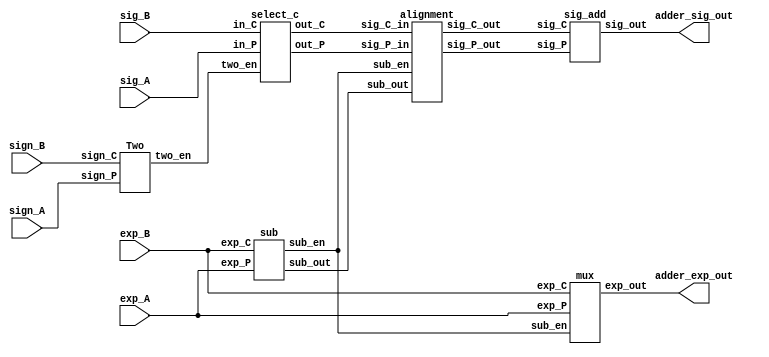
module adder (sign_A, sign_B, exp_A, exp_B, sig_A, sig_B, adder_exp_out, adder_sig_out);

    input sign_A, sign_B;
    input [7:0] exp_A, exp_B;
    input [49:0] sig_A, sig_B;
    output [50:0] adder_sig_out;
    output [7:0] adder_exp_out;
    //output adder_sign_out;

    wire [7:0] sub_out;
    wire [49:0] sel_A, sel_B, ali_A, ali_B;
    wire [1:0] sub_en, two_en;

    sub sub (.exp_P(exp_A), .exp_C(exp_B), .sub_out(sub_out), .sub_en(sub_en));
    mux mux (.exp_P(exp_A), .exp_C(exp_B), .sub_en(sub_en), .exp_out(adder_exp_out));
    Two two (.sign_P(sign_A), .sign_C(sign_B), .two_en(two_en));
    select_c selc (.in_P(sig_A), .in_C(sig_B), .out_P(sel_A), .out_C(sel_B), .two_en(two_en));
    alignment align (.sig_P_in(sel_A), .sig_C_in(sel_B), .sig_P_out(ali_A), .sig_C_out(ali_B), .sub_out(sub_out), .sub_en(sub_en));
    sig_add sigadd (.sig_P(ali_A), .sig_C(ali_B), .sig_out(adder_sig_out));

endmodule

module sub (exp_P, exp_C, sub_out, sub_en);
    
    input [7:0] exp_P, exp_C;
    output reg [7:0] sub_out;
    output reg [1:0] sub_en;

    always @(exp_P or exp_C) begin
        if(exp_P > exp_C) begin
            sub_en = 2'b00;
            sub_out = exp_P - exp_C;
        end
        else if(exp_P < exp_C) begin
            sub_en = 2'b01;
            sub_out = exp_C - exp_P;
        end
        else begin
            sub_en = 2'b10;
            sub_out = exp_P - exp_C;
        end
    end

endmodule

module mux (exp_P, exp_C, sub_en, exp_out);

    input [7:0] exp_P, exp_C;
    input [1:0] sub_en;
    output reg [7:0] exp_out;

    always @(sub_en or exp_P or exp_C) 
    begin
        case(sub_en)
            2'b00: exp_out = exp_P;
            2'b01: exp_out = exp_C;
            default: exp_out = exp_P;
        endcase
    end

endmodule

module Two (sign_P, sign_C, two_en);

    input sign_P, sign_C;
    output reg [1:0] two_en;

    parameter S0 = 2'b00;
    parameter S1 = 2'b01;
    parameter S2 = 2'b10;
    parameter S3 = 2'b11;

    always @(sign_P, sign_C) begin
    case ({sign_P, sign_C})
        2'b00 : two_en = 2'b00;
        2'b10 : two_en = 2'b01;
        2'b01 : two_en = 2'b10;
        2'b11 : two_en = 2'b11;
        default : two_en = 2'b00;
    endcase      
end
    
endmodule

module select_c (in_P, in_C, out_P, out_C, two_en);
    
input [1:0] two_en;
input [49:0] in_P, in_C;
output reg [49:0] out_P, out_C;

always @(two_en, in_P, in_C) begin
    case (two_en)
        2'b01:  begin
            out_P = ~in_P + 1'b1;
            out_C = in_C;
        end
        2'b10:  begin
            out_P = in_P;
            out_C = ~in_C + 1'b1;
        end
        2'b11:  begin
            out_P = ~in_P + 1'b1;
            out_C = ~in_C + 1'b1;
        end
        default: begin
            out_P = in_P;
            out_C = in_C;
        end
    endcase
end

endmodule

module alignment (sig_P_in, sig_C_in, sig_P_out, sig_C_out, sub_out, sub_en);

    input signed [49:0] sig_P_in, sig_C_in;
    input [7:0] sub_out;
    input [1:0] sub_en; 
    output [49:0] sig_P_out, sig_C_out;



    assign sig_P_out = (sub_en == 2'b00)? sig_P_in : (sub_en == 2'b01)? sig_P_in >>> sub_out : sig_P_in;
    assign sig_C_out = (sub_en == 2'b00)? sig_C_in >>> sub_out : (sub_en == 2'b01)? sig_C_in : sig_C_in;

endmodule

module sig_add (sig_P, sig_C, sig_out);
    
    input [49:0] sig_P, sig_C;
    output [50:0] sig_out;
    //output Cout;

    wire [49:0] sig;

    assign sig = sig_P + sig_C;
    //assign Cout = sig[49];
    assign sig_out = {sig[49], sig};

endmodule